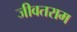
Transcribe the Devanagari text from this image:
जीवतराम